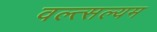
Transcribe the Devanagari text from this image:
वल्त्सल्यम